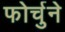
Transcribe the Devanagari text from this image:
फोर्चुने